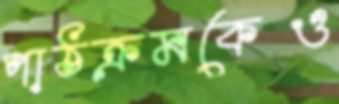
পাঠক্রমকেও